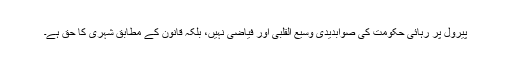
پیرول پر رہائی حکومت کی صوابدیدی وسیع القلبی اور فیاضی نہیں، بلکہ قانون کے مطابق شہری کا حق ہے۔